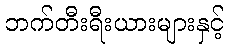
ဘက်တီးရီးယားများနှင့်